Account of plague administration in the Bombay Presidency from September 1896 till May 1897
Year: 1896
Disease focus: Plague
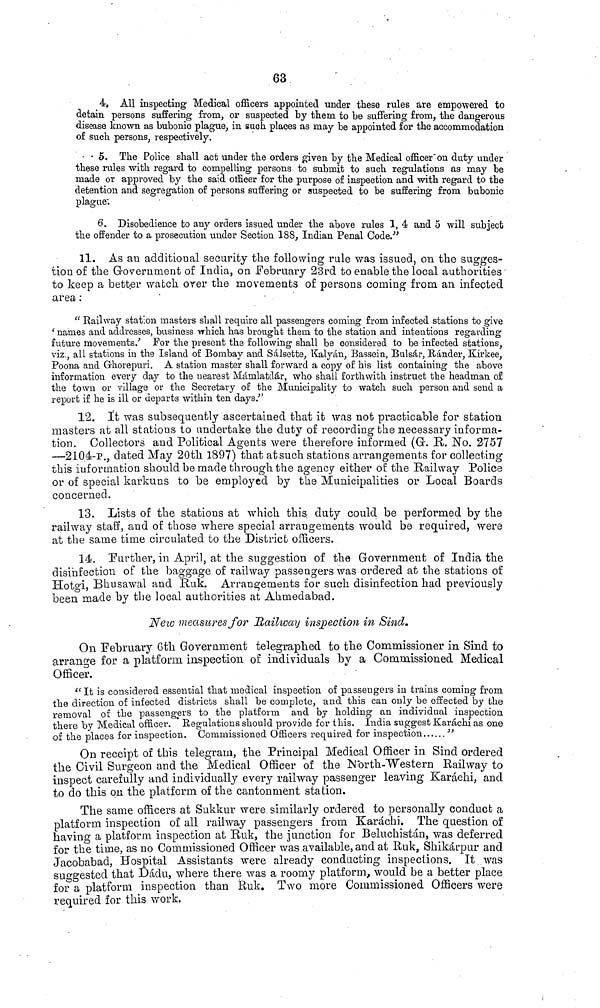
63
4. All inspecting Medical officers appointed under these rules are empowered to
detain persons suffering from, or suspected by them to be suffering from, the dangerous
disease known as bubonic plague, in such places as may be appointed for the accommodation
of such persons, respectively.
5. The Police shall act under the orders given by the Medical officer on duty under
these rules with regard to compelling persons to submit to such regulations as may be
made or approved by the said officer for the purpose of inspection and with regard to the
detention and segregation of persons suffering or suspected to be suffering from bubonic
plague*.
6. Disobedience to any orders issued under the above rules 1, 4 and 5 will subject
the offender to a prosecution under Section 188, Indian Penal Code."
11. As an additional security tte following rule was issued, on the sugges-
tion of the Government of India, on February 23rd to enable the local authorities
to keep a better watch over the movements of persons coming from an infected
area :
" Railway station masters shall require all passengers coming from infected stations to give
'names and addresses, business which has brought them, to the station and intentions regarding
future movements.' For the present the following shall be considered to be infected stations,
viz., all stations in the Island of Bombay and Sálsette, Kalyán, Bassein, Bulsár, Ránder, Kirkee,
Poona and Ghorepuri. A station master shall forward a copy of his list containing the above
information every day to the nearest Mámlatdár, who shall forthwith instruct the headman of
the town or village or the Secretary of the Municipality to watch such person and send a
report if he is ill or departs within ten days"
12. It was subsequently ascertained that it was nob practicable for station
masters at all stations to undertake the duty of recording the necessary informa-
tion. Collectors and Political Agents were therefore informed (Gr. R. No. 2757
—2104-p., dated May 20th 1397) that at such stations arrangements for collecting
this information should be made through the agency either of the Railway Police
or of special karkuns to be employed by the Municipalities or Local Boards
concerned.
13. Lists of the stations at which this, duty could, be performed by the
railway staff, and of those where special arrangements would be required, were
at the same time circulated to the District officers.
14. Further, in April, at the suggestion of the Government of India the
disinfection of the baggage of railway passengers was ordered at the stations of
Hotgi, Bhusawal and Ruk. Arrangements for such disinfection had previously
been made by the local authorities at Ahmedabad.
New measures for Railway inspection in Sind·
On February 6th Government telegraphed to the Commissioner in Sind to
arrange for a platform inspection of individuals by a Commissioned Medical
Officer.
"It is considered essential that medical inspection of passengers in trains coming from
the direction of infected districts shall be complete, and this can only be effected by the
removal of the passengers to the platform and by holding an individual inspection
there by Medical officer. Regulations should provide for this. India suggest Karachi as one
of the places for inspection. Commissioned Officers required for inspection
"
On receipt of this telegram, the Principal Medical Officer in Sind ordered
the Civil Surgeon and the Medical Officer of the North-Western Railway to
inspect carefully and individually every railway passenger leaving Karachi, and
to do this on the platform of the cantonment station.
The same officers at Sukkur were similarly ordered to personally conduct a
platform inspection of all railway passengers from Karáchi. The question of
having a platform inspection at Ruk, the junction for Beluchistan, was deferred
for the time, as no Commissioned Officer was .available, and at Ruk, Shikárpur and
Jacobabad, Hospital Assistants were already conducting inspections. It was
suggested that Dádu, where there was a roomy platform, would be a better place
for a platform inspection than Ruk. Two more Commissioned Officers were
required for this work.